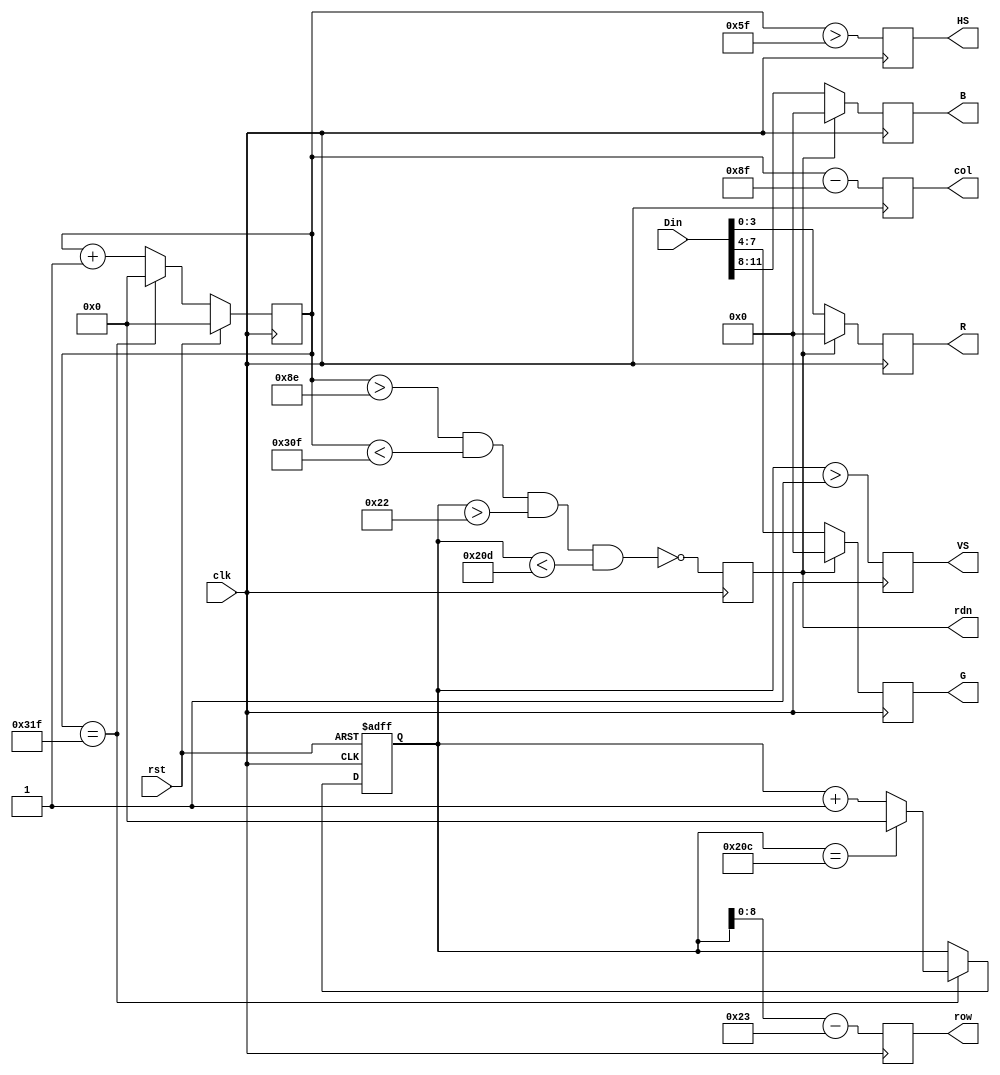
`timescale 1ns / 1ps
//////////////////////////////////////////////////////////////////////////////////
// Company: 
// Engineer: 
// 
// Design Name: 
// Module Name: VGA
// Project Name: 
// Target Devices: 
// Tool Versions: 
// Description: 
// 
// Dependencies: 
// 
// Revision:
// Revision 0.01 - File Created
// Additional Comments:
// 
//////////////////////////////////////////////////////////////////////////////////


module VGA(
	input clk,                   // vga clk = 25 MHz
	input rst,
	input [11:0]Din,			// bbbb_gggg_rrrr, pixel
	output reg [8:0]row,		// pixel ram row address, 480 (512) lines
	output reg [9:0]col,		// pixel ram col address, 640 (1024) pixels
	output reg rdn,			// read pixel RAM(active_low)
	output reg [3:0]R, G, B,// red, green, blue colors
	output reg HS, VS			// horizontal and vertical synchronization
   );
// h_count: VGA horizontal counter (0~799)
reg [9:0] h_count; // VGA horizontal counter (0~799): pixels
initial h_count = 10'h0;
	always @ (posedge clk) begin
		if (rst)  h_count <= 10'h0;
		else if  (h_count == 10'd799)
					 h_count <= 10'h0;
			  else h_count <= h_count + 10'h1;
	end

// v_count: VGA vertical counter (0~524)
reg [9:0] v_count; // VGA vertical counter (0~524): pixel
initial v_count = 10'h0;
	always @ (posedge clk or posedge rst) begin
		if (rst)  v_count <= 10'h0;
		else if  (h_count == 10'd799) begin
					if (v_count == 10'd524) v_count <= 10'h0;
					else v_count <= v_count + 10'h1;
		end
	end
	

// signals, will be latched for outputs
wire	[9:0] row_addr = v_count - 10'd35;		// pixel ram row addr
wire	[9:0] col_addr = h_count - 10'd143;		// pixel ram col addr
wire			h_sync = (h_count > 10'd95);		//   96 -> 799
wire			v_sync = (v_count > 10'd1);		//    2 -> 524
wire			read   = (h_count > 10'd142) &&	//  143 -> 782
							(h_count < 10'd783) &&	//         640 pixels
							(v_count > 10'd34)  &&	//   35 -> 514
							(v_count < 10'd525);		//         480 lines
// vga signals
always @ (posedge clk) begin
	row <= row_addr[8:0];	// pixel ram row address
	col <= col_addr;			// pixel ram col address
	rdn <= ~read;				// read pixel (active low)
	HS  <= h_sync;				// horizontal synchronization
	VS  <= v_sync;				// vertical   synchronization
	R   <= rdn ? 4'h0 : Din[3:0];		// 3-bit red
	G	 <= rdn ? 4'h0 : Din[7:4];		// 3-bit green
	B	 <= rdn ? 4'h0 : Din[11:8];	// 2-bit blue
end

endmodule